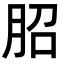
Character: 𦚔